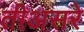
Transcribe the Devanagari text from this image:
तीअसरे